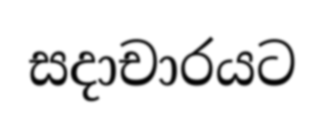
සදාචාරයට